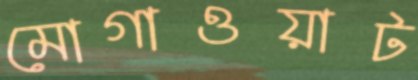
মোগাওয়াট